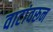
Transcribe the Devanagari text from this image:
वाटांवरून